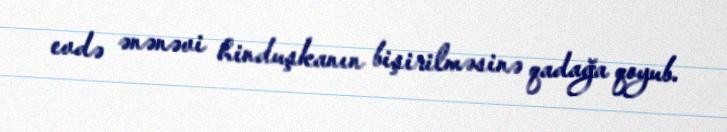
evdə ənənəvi hinduşkanın bişirilməsinə qadağa qoyub.